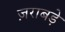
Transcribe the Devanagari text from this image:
ज़राबड़े